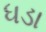
ધડા